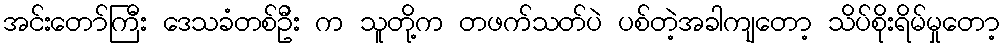
အင်းတော်ကြီး ဒေသခံတစ်ဦး က သူတို့က တဖက်သတ်ပဲ ပစ်တဲ့အခါကျတော့ သိပ်စိုးရိမ်မှုတော့